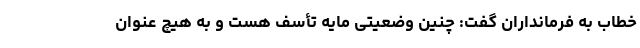
خطاب به فرمانداران گفت: چنین وضعیتی مایه تأسف هست و به هیچ عنوان